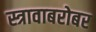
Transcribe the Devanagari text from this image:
स्त्रावाबरोबर